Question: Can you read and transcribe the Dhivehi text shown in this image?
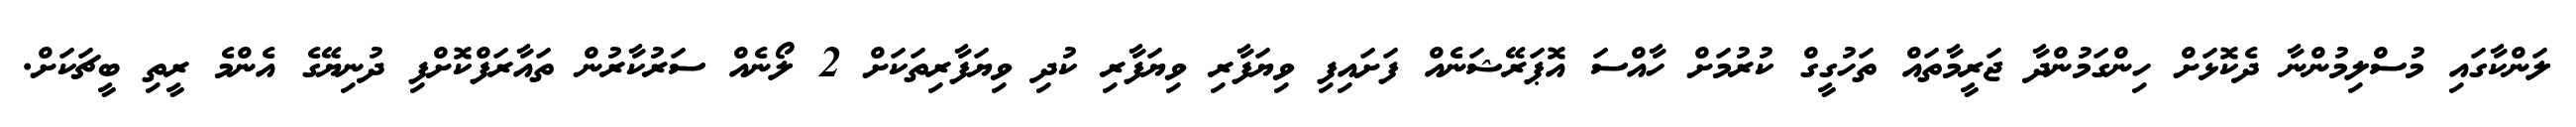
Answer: ލަންކާގައި މުސްލިމުންނާ ދެކޮޅަށް ހިންގަމުންދާ ޖަރީމާތައް ތަހުގީގް ކުރުމަށް ހާއްސަ އޮޕަރޭޝަނެއް ފަށައިފި ވިޔަފާރި ވިޔަފާރި ކުދި ވިޔަފާރިތަކަށް 2 ލޯނެއް ސަރުކާރުން ތައާރަފްކޮށްފި ދުނިޔޭގެ އެންމެ ރީތި ބީޗަކަށް.